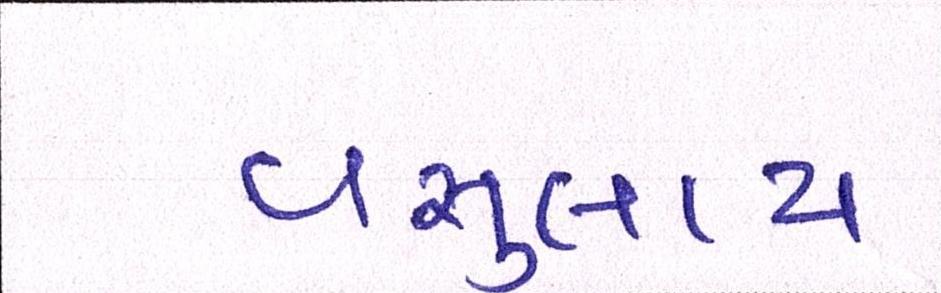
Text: વસુલાય